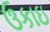
ઉકાઇ